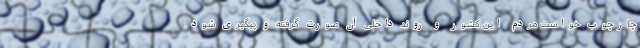
چارچوب خواست مردم این کشور و روند داخلی آن صورت گرفته و پیگیری شود.